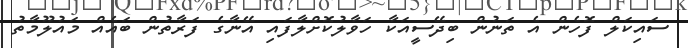
ސައިކަލް ފޮހެން އެ ތަނުން ބިދޭސީއަކާ ހަވާލުކޮށްލާފައި އޭނާގެ ފަރާތުން ބައެއް މައުލޫމާތު